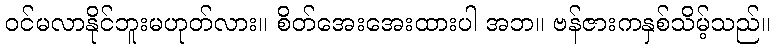
ဝင်မလာနိုင်ဘူးမဟုတ်လား။ စိတ်အေးအေးထားပါ အဘ။ ဗန်ဇားကနှစ်သိမ့်သည်။